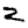
Digit: 2